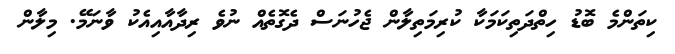
ކިތަންމެ ބޮޑު ހިތްދަތިކަމަކާ ކުރިމަތިލާން ޖެހުނަސް ދެގޮތެއް ނުވެ ރިދާއާއިއެކު ވާނަމޭ. މިލާން